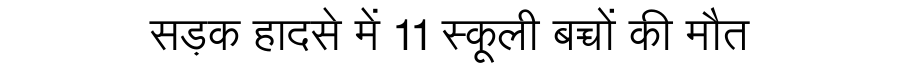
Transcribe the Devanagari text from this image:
सड़क हादसे में 11 स्कूली बच्चों की मौत